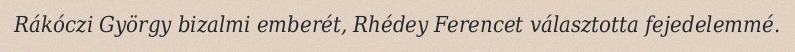
Rákóczi György bizalmi emberét, Rhédey Ferencet választotta fejedelemmé.